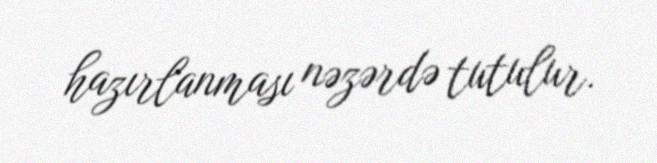
hazırlanması nəzərdə tutulur.